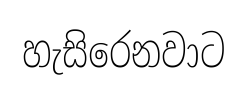
හැසිරෙනවාට